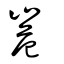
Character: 峞